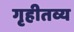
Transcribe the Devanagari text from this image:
गृहीतव्य